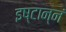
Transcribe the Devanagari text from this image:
इष्टान्नं